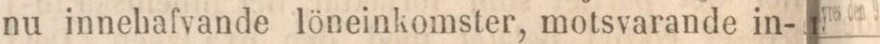
nu innehafvande löneinkomster, motsvarande in-